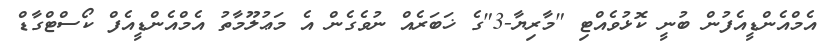
އެމްއެންޑީއެފުން ބުނީ ކޮޅުވެއްޓި "މާރިޔާ-3"ގެ ޚަބަރެއް ނުވެގެން އެ މަޢުލޫމާތު އެމްއެންޑީއެފް ކޯސްޓްގާޑް